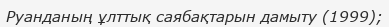
Руанданың ұлттық саябақтарын дамыту (1999);